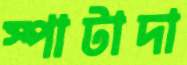
স্পাটাদা